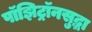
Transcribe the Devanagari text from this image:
पॉझिट्रॉनसुद्धा